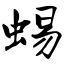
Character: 蜴